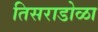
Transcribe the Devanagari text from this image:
तिसराडोळा